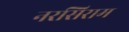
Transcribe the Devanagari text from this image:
नरसिराम